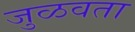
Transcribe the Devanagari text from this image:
जुळवता